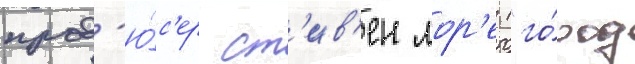
прод'ю́с'ер ст'ив'ен лор'е ("го́род